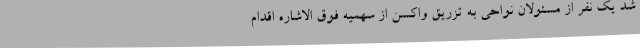
شد یک نفر از مسئولان نواحی به تزریق واکسن از سهمیه فوق الاشاره اقدام